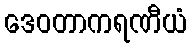
ဒေဝတာကရဏီယံ